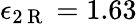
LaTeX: \epsilon_{2\mathrm{~R~}}=1.63